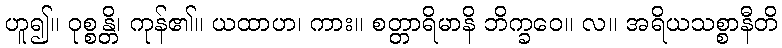
ဟူ၍။ ဝုစ္စန္တိ၊ ကုန်၏။ ယထာဟ၊ ကား။ စတ္တာရိမာနိ ဘိက္ခဝေ။ လ။ အရိယသစ္စာနီတိ